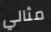
مثالي